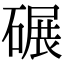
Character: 碾